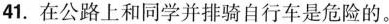
41.在公路上和同学并排骑自行车是危险的。